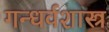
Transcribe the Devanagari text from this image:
गन्धर्वशास्त्र